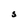
Character: S